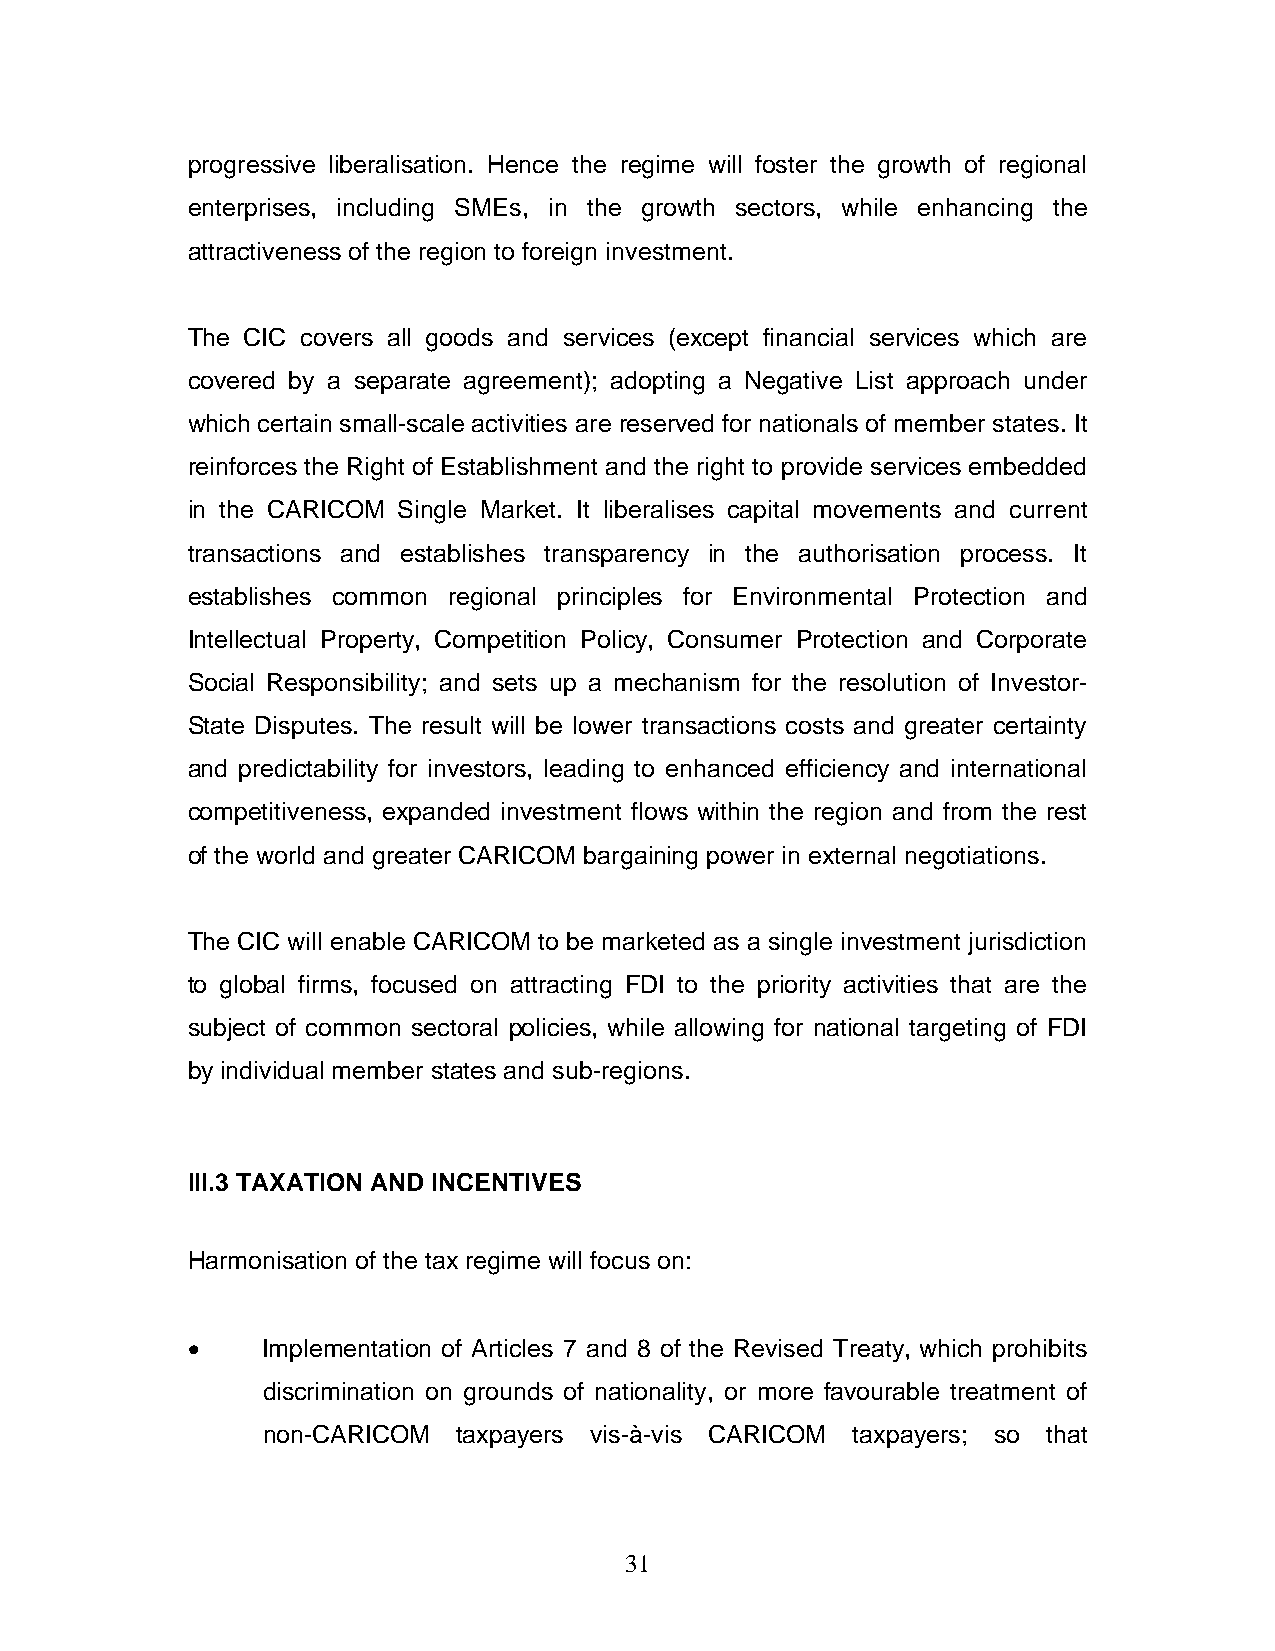
progressive liberalisation. Hence the regime will foster the growth of regional
 enterprises, including SMEs, in the growth sectors, while enhancing the
 attractiveness of the region to foreign investment.
 The CIC covers all goods and services (except financial services which are
 covered by a separate agreement); adopting a Negative List approach under
 which certain small-scale activities are reserved for nationals of member states. It
 reinforces the Right of Establishment and the right to provide services embedded
 in the CARICOM Single Market. It liberalises capital movements and current
 transactions and establishes transparency in the authorisation process. It
 establishes common regional principles for Environmental Protection and
 Intellectual Property, Competition Policy, Consumer Protection and Corporate
 Social Responsibility; and sets up a mechanism for the resolution of Investor-
 State Disputes. The result will be lower transactions costs and greater certainty
 and predictability for investors, leading to enhanced efficiency and international
 competitiveness, expanded investment flows within the region and from the rest
 of the world and greater CARICOM bargaining power in external negotiations.
 The CIC will enable CARICOM to be marketed as a single investment jurisdiction
 to global firms, focused on attracting FDI to the priority activities that are the
 subject of common sectoral policies, while allowing for national targeting of FDI
 by individual member states and sub-regions.
 III.3 TAXATION AND INCENTIVES
 Harmonisation of the tax regime will focus on:
 •    Implementation of Articles 7 and 8 of the Revised Treaty, which prohibits
 discrimination on grounds of nationality, or more favourable treatment of
 non-CARICOM  taxpayers vis-à-vis CARICOM taxpayers; so that
 31